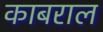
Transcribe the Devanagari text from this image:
काबराल